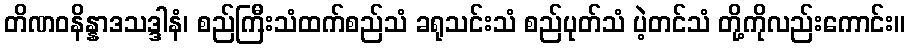
တိဏဝနိန္နာဒသဒ္ဒါနံ၊ စည်ကြီးသံထက်စည်သံ ခရုသင်းသံ စည်ပုတ်သံ ပဲ့တင်သံ တို့ကိုလည်းကောင်း။